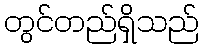
တွင်တည်ရှိသည်